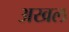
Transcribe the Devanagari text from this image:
अखल